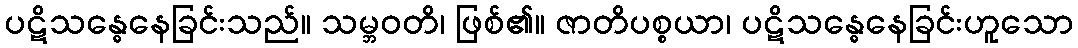
ပဋိသန္ဓေနေခြင်းသည်။ သမ္ဘဝတိ၊ ဖြစ်၏။ ဇာတိပစ္စယာ၊ ပဋိသန္ဓေနေခြင်းဟူသော